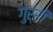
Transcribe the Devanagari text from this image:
गुर्री